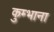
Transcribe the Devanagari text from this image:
कुम्भाना